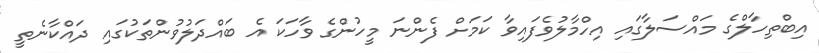
އިބްތިހާލްގެ މައްސަލާގައި އިހްމާލުވެފައިވާ ކަމަށް ފެންނަ މީހުންގެ ވާހަކަ އެ ބައްދަލުވުންތަކުގައި ދައްކާނެތީ